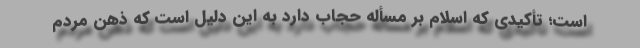
است؛ تأکیدی که اسلام بر مسأله حجاب دارد به این دلیل است که ذهن مردم